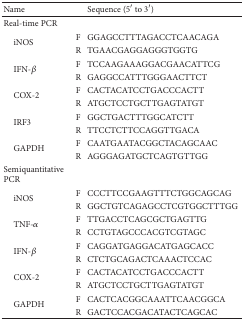
<table><thead><tr><td><b>Name</b></td><td><b> </b></td><td><b>Sequence (5′ to 3′)</b></td></tr></thead><tbody><tr><td>Real-time PCR</td><td> </td><td> </td></tr><tr><td rowspan="2"> iNOS</td><td>F</td><td>GGAGCCTTTAGACCTCAACAGA</td></tr><tr><td>R</td><td>TGAACGAGGAGGGTGGTG</td></tr><tr><td rowspan="2"> IFN-<i>β</i></td><td>F</td><td>TCCAAGAAAGGACGAACATTCG</td></tr><tr><td>R</td><td>GAGGCCATTTGGGAACTTCT</td></tr><tr><td rowspan="2"> COX-2</td><td>F</td><td>CACTACATCCTGACCCACTT</td></tr><tr><td>R</td><td>ATGCTCCTGCTTGAGTATGT</td></tr><tr><td rowspan="2"> IRF3</td><td>F</td><td>GGCTGACTTTGGCATCTT</td></tr><tr><td>R</td><td>TTCCTCTTCCAGGTTGACA</td></tr><tr><td rowspan="2"> GAPDH </td><td>F</td><td>CAATGAATACGGCTACAGCAAC</td></tr><tr><td>R</td><td>AGGGAGATGCTCAGTGTTGG</td></tr><tr><td>Semiquantitative PCR</td><td> </td><td> </td></tr><tr><td rowspan="2"> iNOS</td><td>F</td><td>CCCTTCCGAAGTTTCTGGCAGCAG</td></tr><tr><td>R</td><td>GGCTGTCAGAGCCTCGTGGCTTTGG</td></tr><tr><td rowspan="2"> TNF-<i>α</i></td><td>F</td><td>TTGACCTCAGCGCTGAGTTG</td></tr><tr><td>R</td><td>CCTGTAGCCCACGTCGTAGC</td></tr><tr><td rowspan="2"> IFN-<i>β</i></td><td>F</td><td>CAGGATGAGGACATGAGCACC</td></tr><tr><td>R</td><td>CTCTGCAGACTCAAACTCCAC</td></tr><tr><td rowspan="2"> COX-2</td><td>F</td><td>CACTACATCCTGACCCACTT</td></tr><tr><td>R</td><td>ATGCTCCTGCTTGAGTATGT</td></tr><tr><td rowspan="2"> GAPDH</td><td>F</td><td>CACTCACGGCAAATTCAACGGCA</td></tr><tr><td>R</td><td>GACTCCACGACATACTCAGCAC</td></tr></tbody></table>